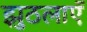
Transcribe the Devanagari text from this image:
झुठलाएॅ